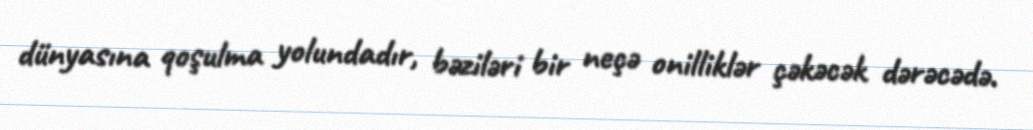
dünyasına qoşulma yolundadır, bəziləri bir neçə onilliklər çəkəcək dərəcədə.